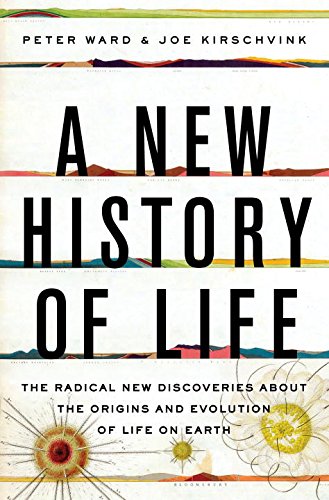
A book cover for A New History of Life: The Radical New Discoveries about the Origins and Evolution of Life on Earth; Peter Ward; Science & Math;